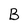
Character: B